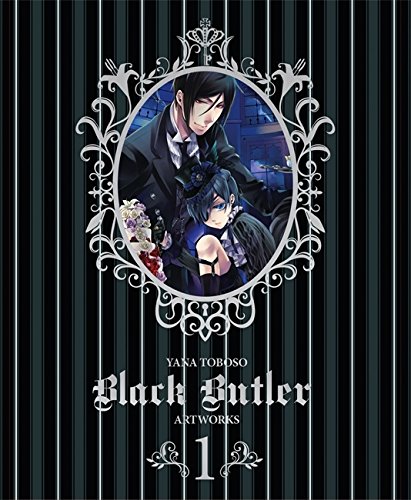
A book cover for Yana Toboso Artworks Black Butler 1; Yana Toboso; Teen & Young Adult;